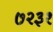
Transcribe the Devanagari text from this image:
७२३१